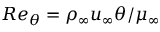
R e _ { \theta } = \rho _ { \infty } u _ { \infty } \theta / \mu _ { \infty }